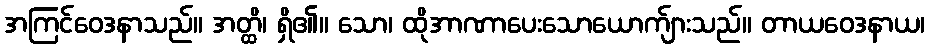
အကြင်ဝေဒနာသည်။ အတ္ထိ၊ ရှိ၏။ သော၊ ထိုအာဏာပေးသောယောက်ျားသည်။ တာယဝေဒနာယ၊